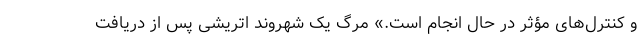
و کنترل‌های مؤثر در حال انجام است.» مرگ یک شهروند اتریشی پس از دریافت